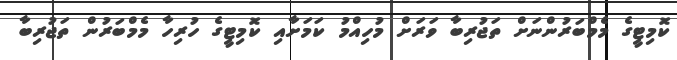
ކޮމިޓީގެ މެމްބަރުންނަށް ތަޖުރިބާ ވަރަށް މުހިއްމު ކަމަށާއި ކޮމިޓީގެ ހުރިހާ މެމްބަރުން ތަޖުރިބާ